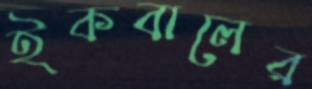
ইকবালের